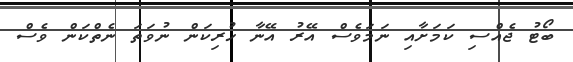
ބޯޓު ޖެއްސި ކަމަށާއި ނަމަވެސް އޭރު އޭނާ ހުރިކަން ނުވަތަ ނެތްކަން ވެސް